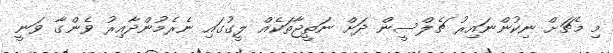
މި މެޗަށް ނިކުންނައިރު ޗެލްސީން ދަށް ނަތީޖާތަކެއް ލީގުގައި ނެރެމުންދާއިރު ވެންގާ ވަނީ